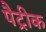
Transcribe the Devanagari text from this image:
पैट्रीक